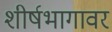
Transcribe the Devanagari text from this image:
शीर्षभागावर